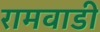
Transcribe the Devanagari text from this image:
रामवाडी